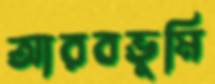
আরবভূমি